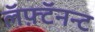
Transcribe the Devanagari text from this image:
लॅफ़्टॅनन्ट